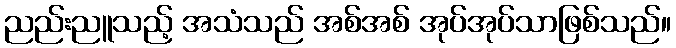
ညည်းညူသည့် အသံသည် အစ်အစ် အုပ်အုပ်သာဖြစ်သည်။